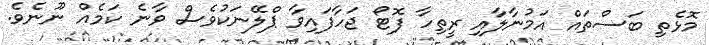
މޮޅެތި ބަސްތައް އަމުނާލާއި ރީތިހާ ފޮޓޯ ޖަހާފައިވާ ޕްލޭނަކުވެސް ވާނެ ކަމެއް ނޫނެވެ.